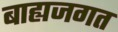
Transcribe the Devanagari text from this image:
बाह्यजगत